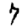
Digit: 7